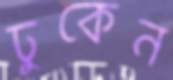
ঢুকেন